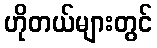
ဟိုတယ်များတွင်